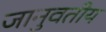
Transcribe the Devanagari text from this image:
जानुवतीय